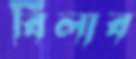
বিলাব